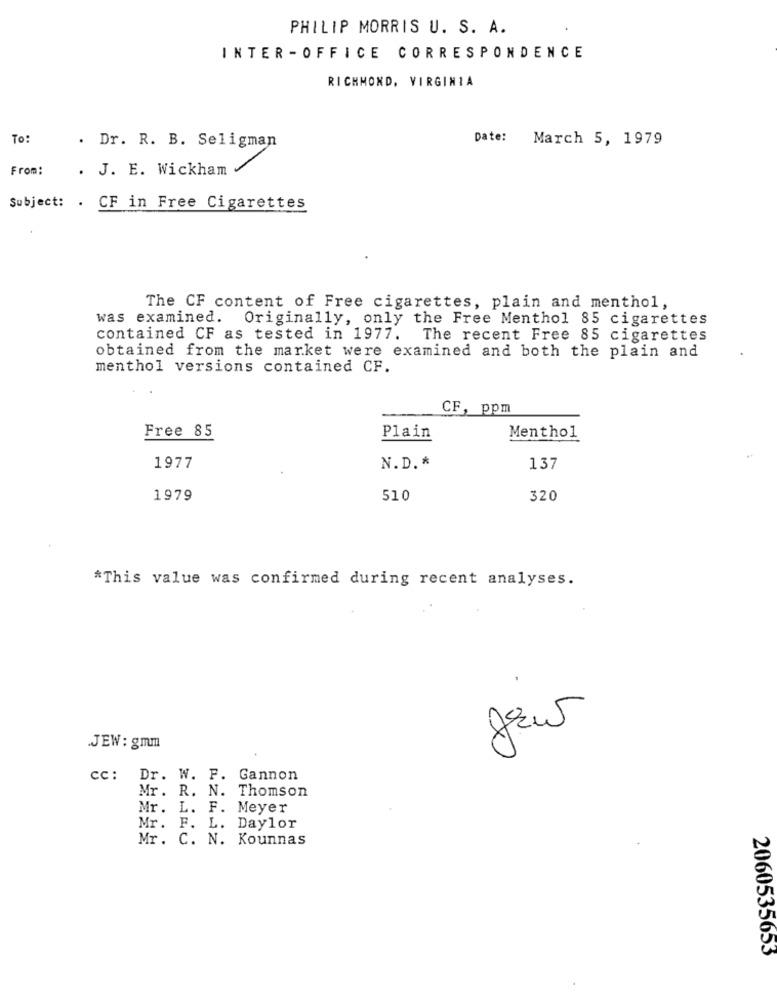
PHILIP MORRIS U. S. A.
INTER -OFFICE CORRESPONDENCE
RICHMOND, VIRGINIA
To:
Date: March 5, 1979
. Dr. R. B. Seligman
From:
. J. E. Wickham
Subject: . CF in Free Cigarettes
The CF content of Free cigarettes, plain and menthol,
was examined. Originally, only the Free Menthol 85 cigarettes
contained CF as tested in 1977. The recent Free 85 cigarettes
obtained from the market were examined and both the plain and
menthol versions contained CF.
CF, ppm
Free 85
Plain
Menthol
1977
N.D. *
137
1979
510
320
*This value was confirmed during recent analyses.
Jew
JEW: gmm
cc: Dr. W. F. Gannon
Mr. R. N. Thomson
Mr. L. F. Meyer
Mr. F. L. Daylor
Mr. C. N. Kounnas
2060535653